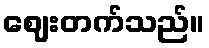
ဈေးတက်သည်။